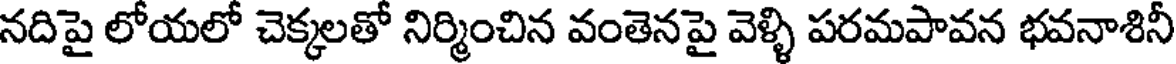
నదిపై లోయలో చెక్కలతో నిర్మించిన వంతెనపై వెళ్ళి పరమపావన భవనాశినీ